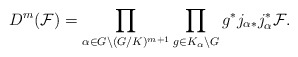
\begin{align*} D^m(\mathcal{F})=\prod_{\alpha\in G\backslash(G/K)^{m+1}}\prod_{g\in K_\alpha\backslash G}g^*j_{\alpha*}j_\alpha^*\mathcal{F}. \end{align*}